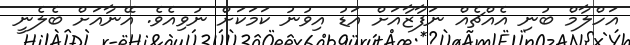
އަހްލާމް ބުނި އެއްޗެއް ނަފާޒާއަށް އަޑު އިވުނު ކަމަކަށް ނުވިއެވެ. އޭނާއަށް ބެލެނީ